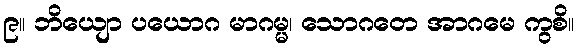
၉။ ဘိယျော ပယောဂ မာဂမ္မ၊ သောဂတေ အာဂမေ ကွစိ။